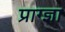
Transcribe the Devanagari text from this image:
प्राग्ज्ञा